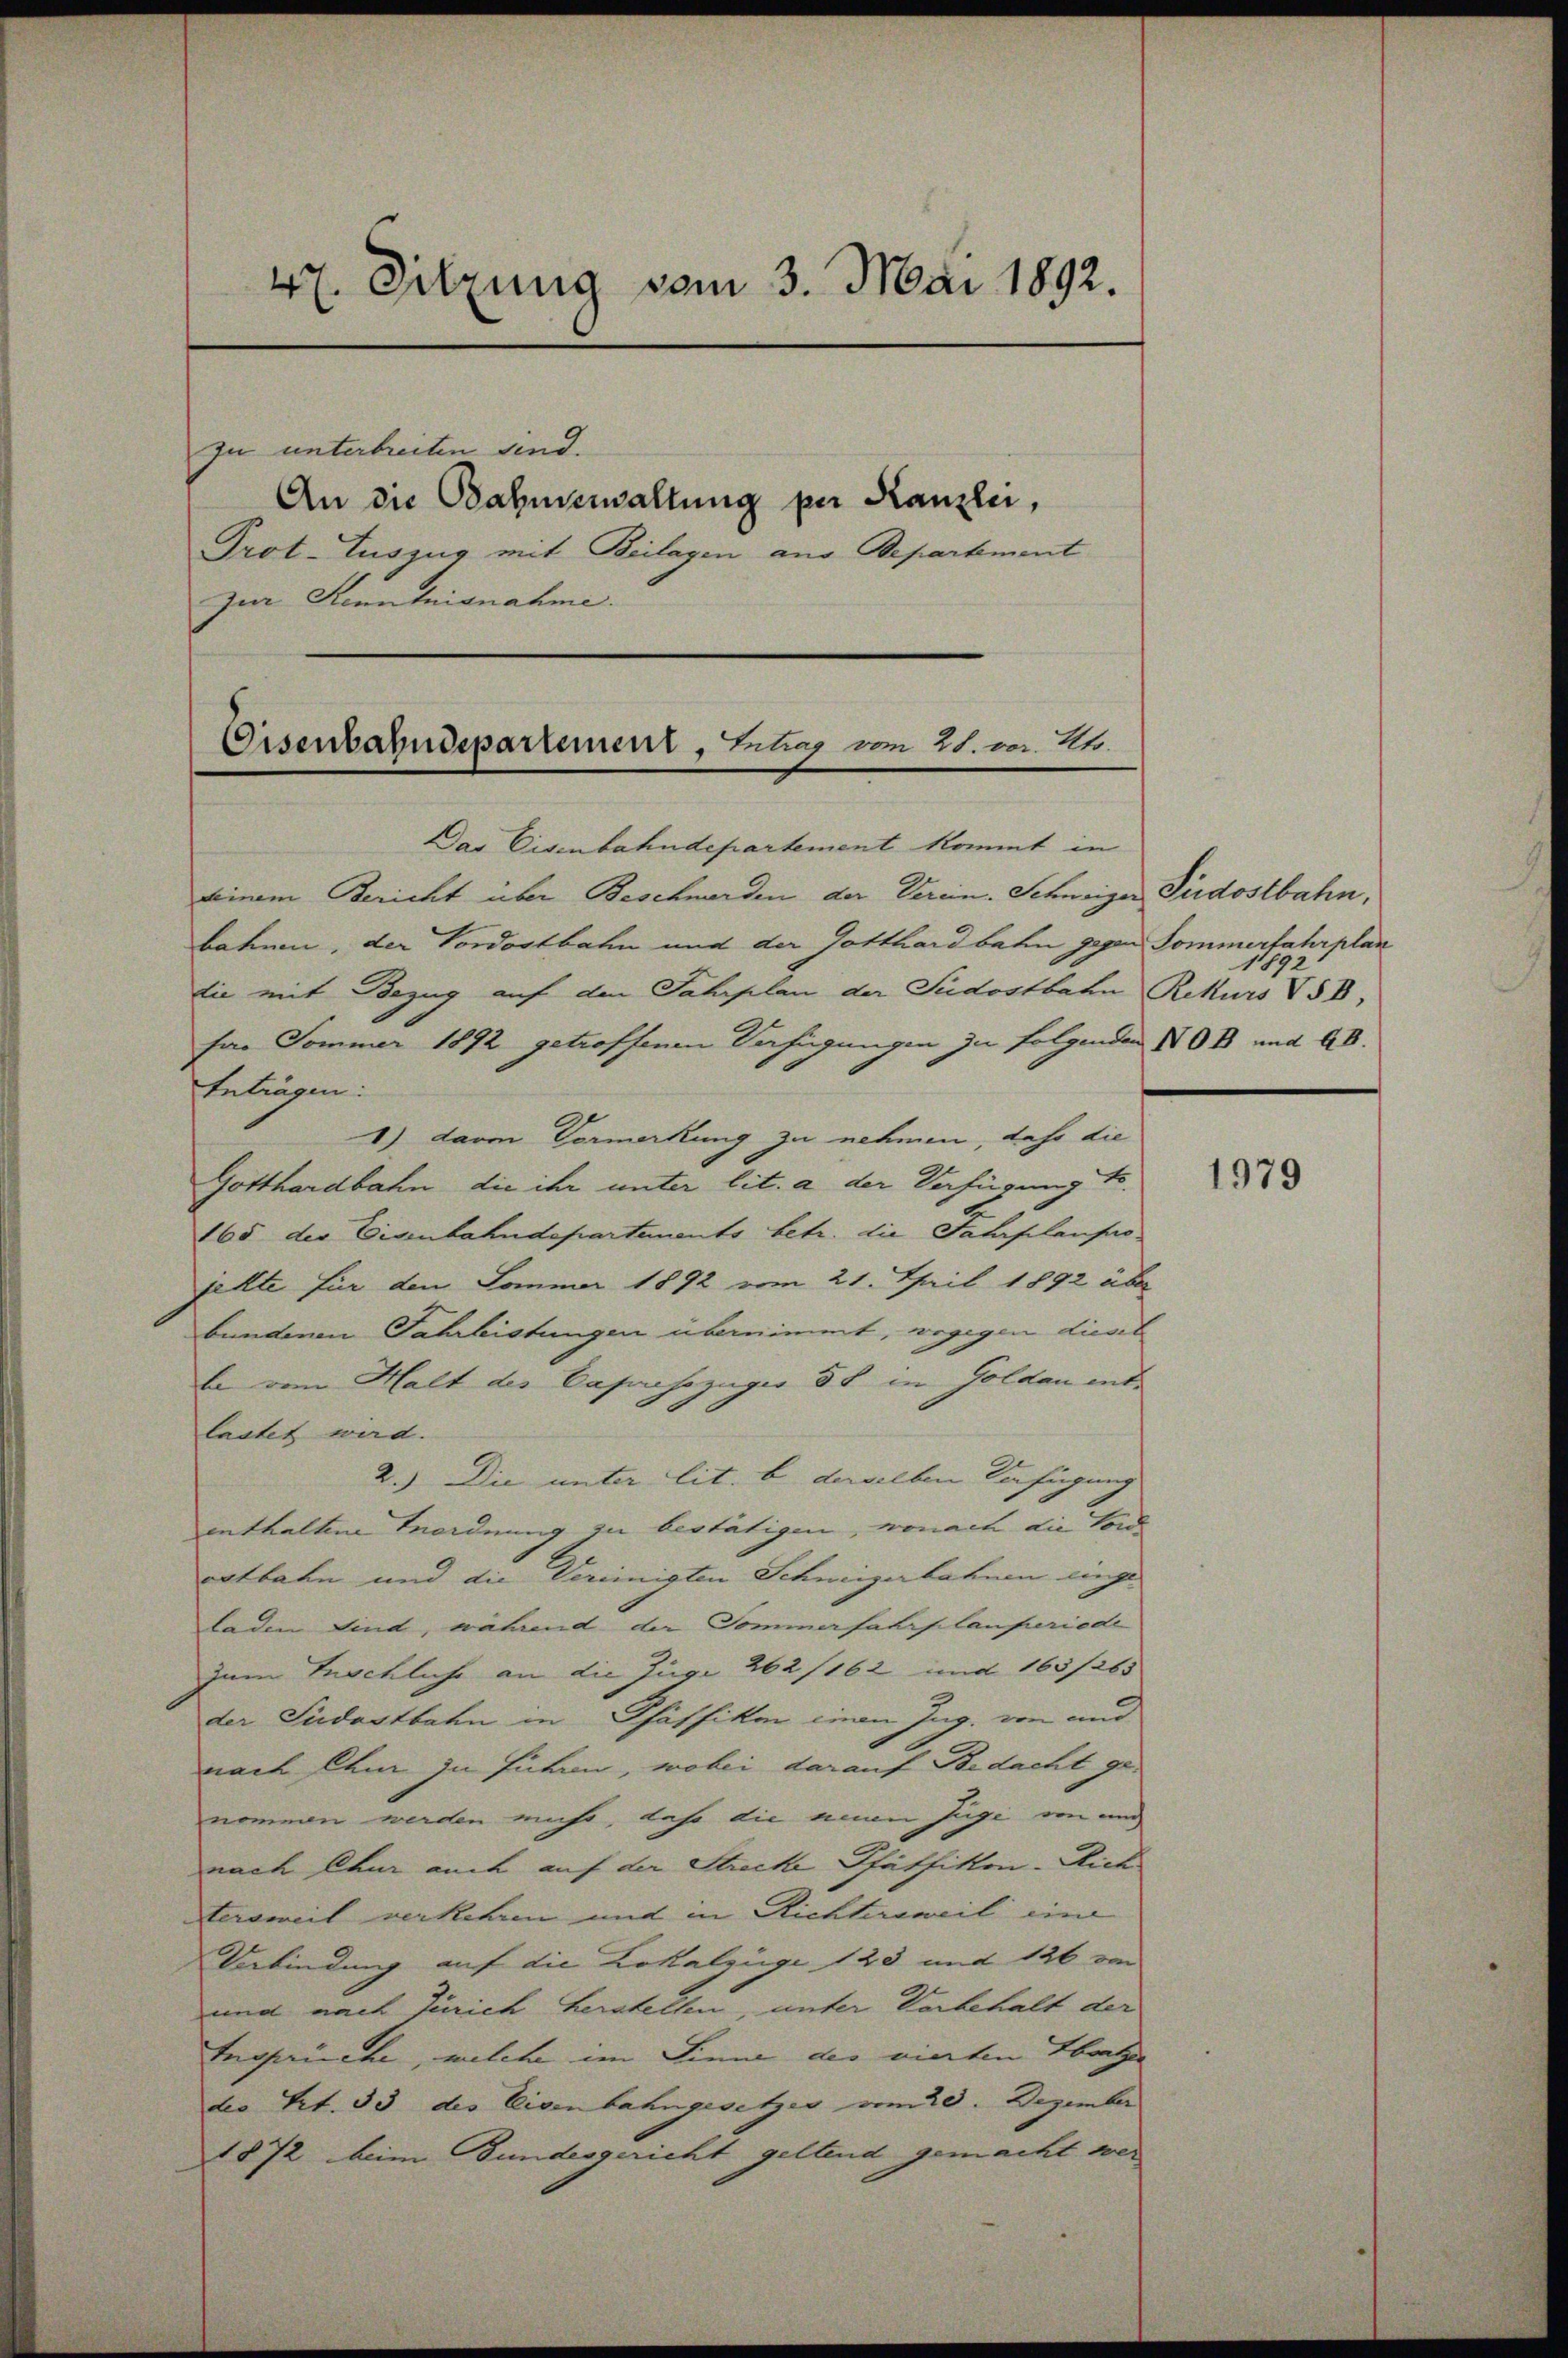
47. Sitzung vom 3. Mai 1892.
An die Bahnerwaltung per Kanzlei,
Prot. Auszug mit Beilagen aus Departement

zu unterbreiten sind.

zur Kenntnisnahme.

Eisenbahndepartement, Intrag vom 21. vor. Zt.

Das Eisenbahndepartement kommt in
seinem Bericht über Beschwerden der Verein. Schweizer Südostbahn,
bahren, der Vordostbahn und der Gotthardbahn gegen Sommerfahrplan
die mit Bezug auf den Jahrplan der Südostbahn
far Sommer 1892 getroffenen Verfügungen zu folgenden 80 B und 40.
Antragen:
1) davon Vormerkung zu nehmen, daß die
Gotthardbahn die ihr unter lit. a der Verfügung t
165 der Eisenbahndepartements betr. die Fahrplanprojette für den Sommer 1892 vom 21. April 1892 über
bundenen Fahrleistungen übernimmt, wogegen diesel
be vom Halt des Capsozüger 8 t im Goldau entlastet wird.
2.) Die unter lit. b derselben Verfügung
enthalten Anordnung zu bestätigen, wonach die Forde
aatbahn und die Vereinigten Schweizerbahnen eingeladen sind, während der Sommerfahrplanperiede
zum Inschliche an die Juge 262/162 und 165/263
der Südostbahn in Pfäffikon ein Ing. von und
nach dem in führen, wobei darauf Bedacht ge-
nommen werden micht, dass die neun Jägi von an
nach Chur auch auf der Strecke Pfäffitten-Aich
tersweil verkehren und in Richtersweil eine
Verbindung auf die Lokalzüge 123 und 126 von
und nach Zürich herstellen, unter Vorbehalt der
tegauche, welche im Sinne der vierten Batze
deo Art. 33 des Eisenbahngesetzer vom 20. Dezember
1872 beim Bundesgericht geltend gemacht wer¬

Rekurs V58,

1979